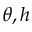
\theta , h